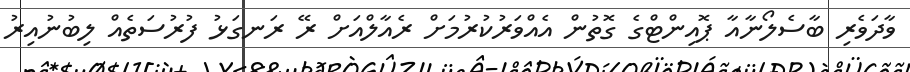
ވާދަވެރި ބާސެލޯނާއާ ޕޮއިންޓްގެ ގޮތުން އެއްވަރުކުރުމަށް ރެއާލްއަށް ރޭ ރަނގަޅު ފުރުސަތެއް ލިބުނުއިރު